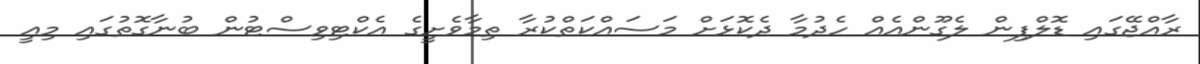
ރާއްޖޭގައި ޑޮލްފިން ލެގޫންއެއް ހެދުމާ ދެކޮޅަށް މަސައްކަތްކުރާ ތިމާވެށީގެ އެކްޓިވިސްޓުން ބުނާގޮތުގައި މިއީ